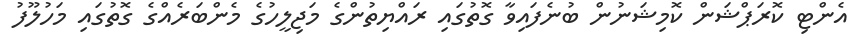
އެންޓި ކޮރަޕްޝަން ކޮމިޝަނުން ބުނެފައިވާ ގޮތުގައި ރައްޔިތުންގެ މަޖިލީހުގެ މެންބަރެއްގެ ގޮތުގައި މަހުލޫފު